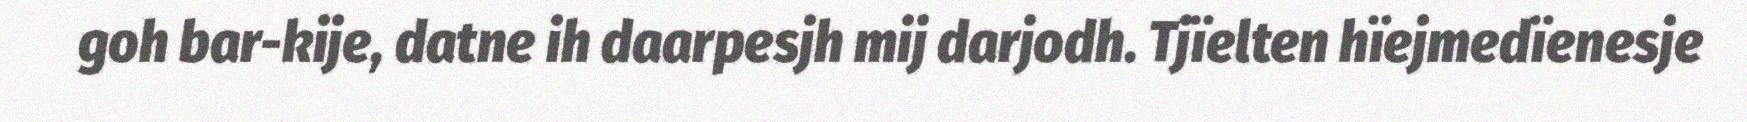
goh bar-kije, datne ih daarpesjh mij darjodh. Tjïelten hïejmedïenesje